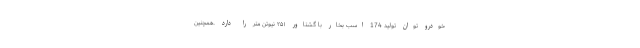
خودرو توان تولید 174 اسب بخار با گشتاور ۲۵۱ نیوتن متر را دارد .همچنین